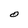
Character: O